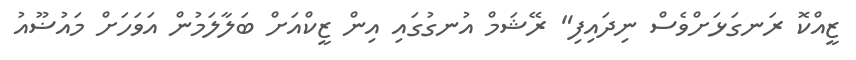
ޒީއްކޮ ރަނގަޅަށްވެސް ނިދައިފި" ރޭޝަމް އުނގުގައި އިން ޒީކްއަށް ބަލާލަމުން އަވަހަށް މައުޟޫއު